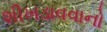
શીખડાવવાનો